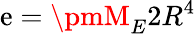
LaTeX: \mathrm{e}=\pmM_{E}2R^{4}